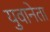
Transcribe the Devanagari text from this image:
युवानेता